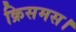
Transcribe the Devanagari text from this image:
क्रिसमस।